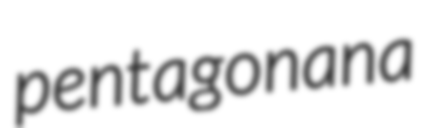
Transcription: pentagonana